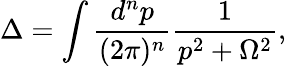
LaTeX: \Delta=\int\frac{d^{n}p}{(2\pi)^{n}}\frac{1}{p^{2}+\Omega^{2}},